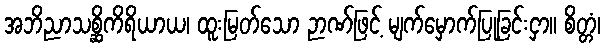
အဘိညာသစ္ဆိကိရိယာယ၊ ထူးမြတ်သော ဉာဏ်ဖြင့် မျက်မှောက်ပြုခြင်းငှာ။ စိတ္တံ၊